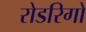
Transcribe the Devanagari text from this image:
रोडरिगो